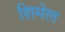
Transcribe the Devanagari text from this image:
शिमेल